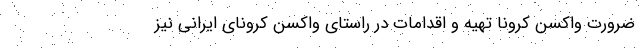
ضرورت واکسن کرونا تهیه و اقدامات در راستای واکسن کرونای ایرانی نیز